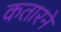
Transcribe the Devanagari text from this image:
कतारने